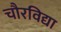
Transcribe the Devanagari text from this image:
चौरविद्या